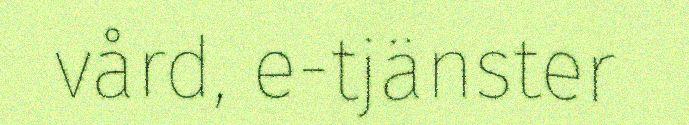
vård, e-tjänster